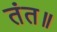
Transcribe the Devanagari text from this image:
तंत॥